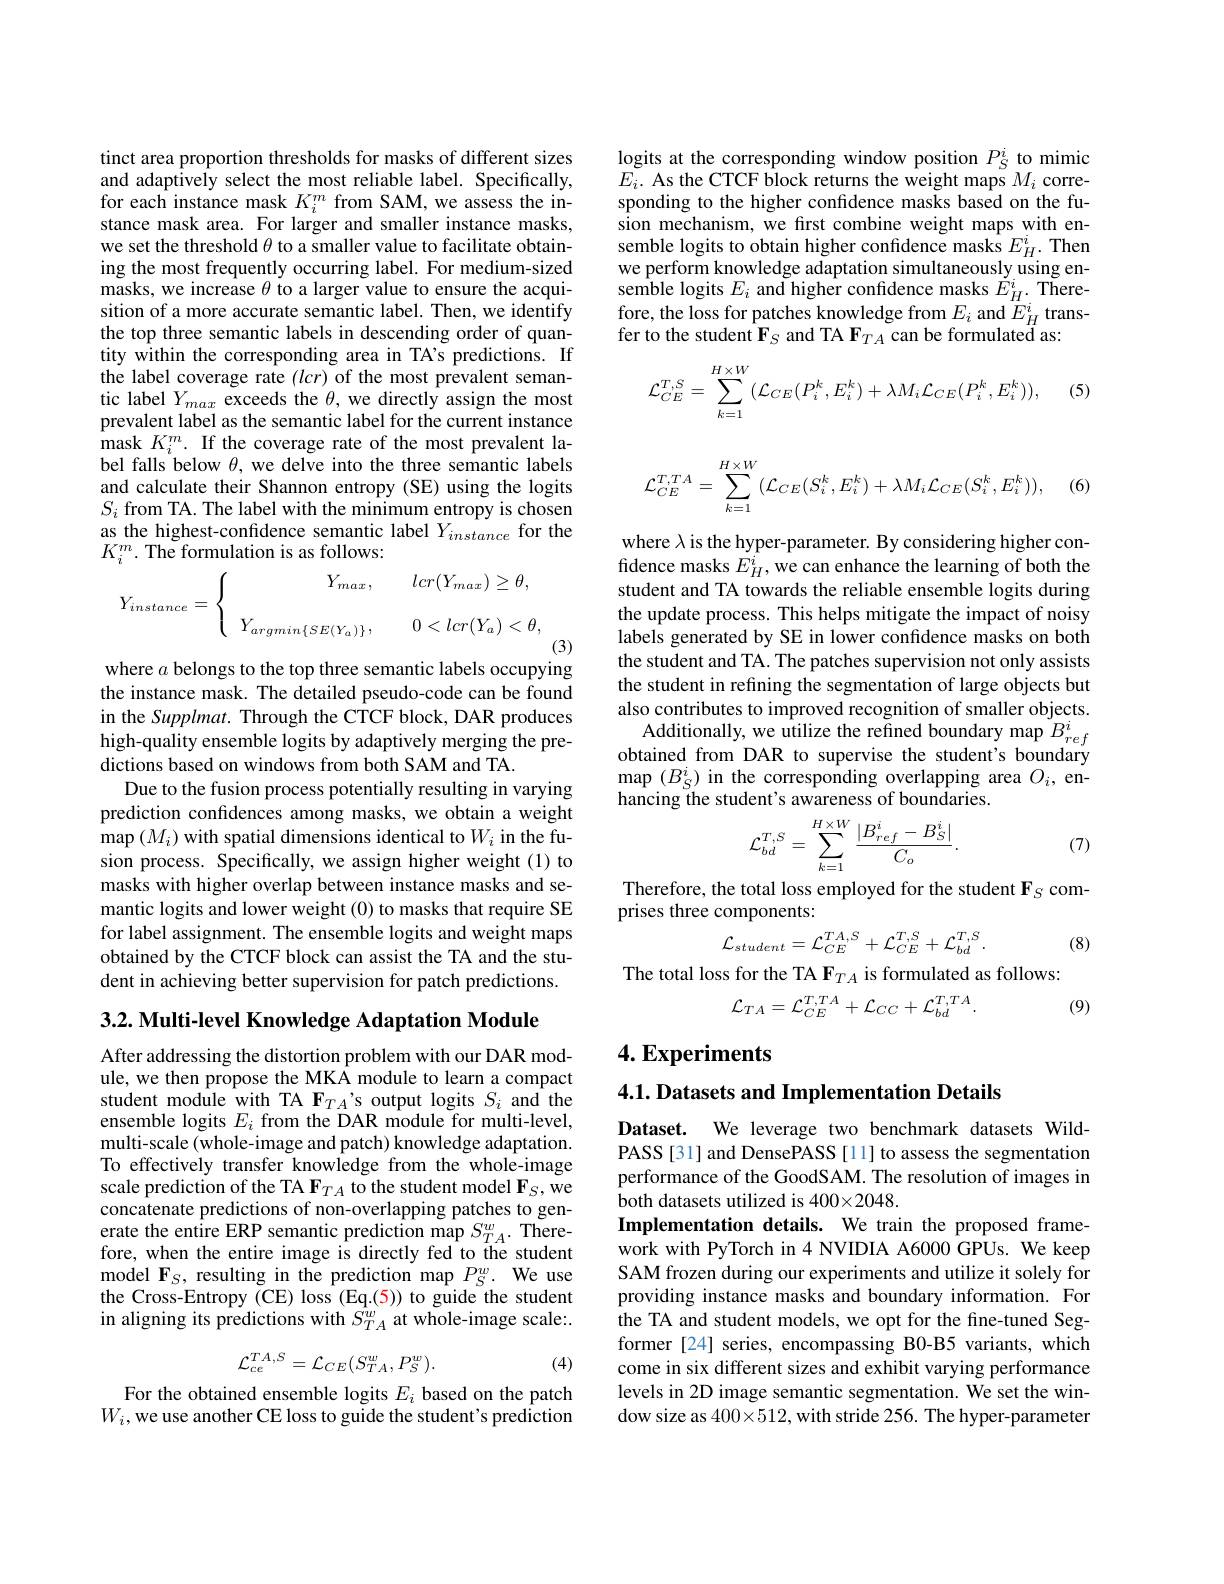
tinct area proportion thresholds for masks of different sizes and adaptively select the most reliable label. Specifically, for each instance mask $K_i^{m}$ from SAM, we assess the instance mask area. For larger and smaller instance masks, we set the threshold $\theta$ to a smaller value to facilitate obtaining the most frequently occurring label. For medium-sized masks, we increase $\theta$ to a larger value to ensure the acquisition of a more accurate semantic label. Then, we identify the top three semantic labels in descending order of quantity within the corresponding area in TA's predictions. If the label coverage rate $(lcr)$ of the most prevalent semantic label $Y_max$ exceeds the $\theta$, we directly assign the most prevalent label as the semantic label for the current instance mask $K_i^{m}.$ If the coverage rate of the most prevalent label falls below $\theta$, we delve into the three semantic labels and calculate their Shannon entropy (SE) using the logits $S_{i}$ from TA. The label with the minimum entropy is chosen as the highest-confidence semantic label $Y_{instance}$ for the $K_{i}^{m}.$ The formulation is as follows:
$$Y_{instance}=\left\{\begin{array}{cc}Y_{max},&\quad lcr(Y_{max})\geq\theta,\\\\Y_{argmin\{SE(Y_{a})\}},&\quad0<lcr(Y_{a})<\theta,\end{array}\right.$$
(3)

where $a$ belongs to the top three semantic labels occupying the instance mask. The detailed pseudo-code can be found in the Supplmat. Through the CTCF block, DAR produces high-quality ensemble logits by adaptively merging the predictions based on windows from both SAM and TA.
Due to the fusion process potentially resulting in varying prediction confidences among masks, we obtain a weight $\operatorname*{map}\left(M_i\right)$with spatial dimensions identical to $W_i$ in the fusion process. Specifically, we assign higher weight (1) to masks with higher overlap between instance masks and semantic logits and lower weight (0) to masks that require SE for label assignment. The ensemble logits and weight maps obtained by the CTCF block can assist the TA and the student in achieving better supervision for patch predictions.

3.2. Multi-level Knowledge Adaptation Module

After addressing the distortion problem with our DAR module, we then propose the MKA module to learn a compact student module with TA F$_T_A$'s output logits $S_i$ and the ensemble logits $E_i$ from the DAR module for multi-level, multi-scale (whole-image and patch) knowledge adaptation. To effectively transfer knowledge from the whole-image scale prediction of the TA F$_{TA}$ to the student model F$_S$,we concatenate predictions of non-overlapping patches to generate the entire ERP semantic prediction map $S_{TA}^{w}.$ Therefore, when the entire image is directly fed to the student ${\mathrm{model~F}_{S}, \mathrm{~resulting~in~the~prediction~map~}}P_{S}^{w}.$ ${\mathrm{We~use}}$ the Cross-Entropy (CE) loss (Eq.(5)) to guide the student in aligning its predictions with $S_{TA}^{w}$ at whole-image scale:.
$$\mathcal{L}_{ce}^{TA,S}=\mathcal{L}_{CE}(S_{TA}^{w},P_{S}^{w}).$$
(4)

For the obtained ensemble logits $E_i$ based on the patch $W_i$,we use another CE loss to guide the student's prediction

logits at the corresponding window position $P_S^i$ to mimic $E_{i}.$ As the CTCF block returns the weight maps $M_{i}$ corresponding to the higher confidence masks based on the fusion mechanism, we fırst combine weight maps with ensemble logits to obtain higher confidence masks $E_H^i.$ Then we perform knowledge adaptation simultaneously using ensemble logits $E_i$ and higher confidence masks $\tilde{E}_H^i.$ Therefore, the loss for patches knowledge from $E_i$ and $E_H^i$ transfer to the student $\mathbf{F}_S$ and TA F$_TA$ can be formulated as:

(5)
$$\mathcal{L}_{CE}^{T,S}=\sum\limits_{k=1}^{H\times W}(\mathcal{L}_{CE}(P_i^k,E_i^k)+\lambda M_i\mathcal{L}_{CE}(P_i^k,E_i^k)),$$
, (6)
$$\mathcal{L}_{CE}^{T,TA}=\sum_{k=1}^{H\times W}(\mathcal{L}_{CE}(S_{i}^{k},E_{i}^{k})+\lambda M_{i}\mathcal{L}_{CE}(S_{i}^{k},E_{i}^{k})),$$
where $\lambda$ is the hyper-parameter. By considering higher confidence masks $E_H^i$, we can enhance the learning of both the student and TA towards the reliable ensemble logits during the update process. This helps mitigate the impact of noisy labels generated by SE in lower confidence masks on both the student and TA. The patches supervision not only assists the student in refining the segmentation of large objects but also contributes to improved recognition of smaller objects. so conuroucs o mprovcu rcogmuon or sinane objcts. Additionally, we utilize the refined boundary map $B_{ref}^{i}$ obtained from DAR to supervise the student's boundary map $(B_S^i)$ in the corresponding overlapping area $O_i$, enhancing the student's awareness of boundaries.
$$\mathcal{L}_{bd}^{T,S}=\sum\limits_{k=1}^{H\times W}\frac{|B_{ref}^i-B_S^i|}{C_o}.$$
(7)

Therefore, the total loss employed for the student $\mathbf{F}_S$ com-
prises three components:
$$\mathcal{L}_{student}=\mathcal{L}_{CE}^{TA,S}+\mathcal{L}_{CE}^{T,S}+\mathcal{L}_{bd}^{T,S}.$$
(8)

The total loss for the TA F$_{TA}$ is formulated as follows:
$$\mathcal{L}_{TA}=\mathcal{L}_{CE}^{T,TA}+\mathcal{L}_{CC}+\mathcal{L}_{bd}^{T,TA}.$$
(9)

## $4. \textbf{Experiments}$

4.1. Datasets and Implementation Details

Dataset. We leverage two benchmark datasets WildPASS [31] and DensePASS [11] to assess the segmentation performance of the GoodSAM. The resolution of images in both datasets utilized is 400×2048.
Implementation details. We train the proposed framework with PyTorch in 4 NVIDIA A6000 GPUs. We keep SAM frozen during our experiments and utilize it solely for providing instance masks and boundary information. For the TA and student models, we opt for the fine-tuned Segformer [24] series, encompassing B0-B5 variants, which come in six different sizes and exhibit varying performance levels in 2D image semantic segmentation. We set the window size as 400×512, with stride 256. The hyper-parameter